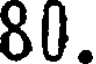
80.